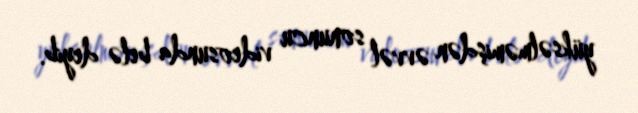
yüksəlməmişdən əvvəl sonuncu videosunda belə deyib.